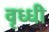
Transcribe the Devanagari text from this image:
वृध्धी